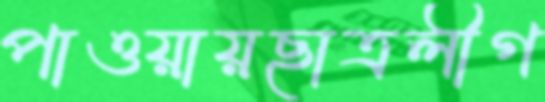
পাওয়ায়ছাত্রলীগ